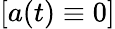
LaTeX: [a(t)\equiv 0]